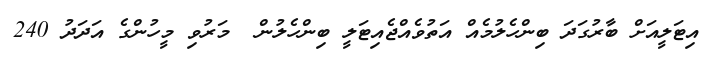
އިޓަލީއަށް ބާރުގަދަ ބިންހެލުމެއް އަތުވެއްޖެއިޓަލީ ބިންހެލުން  މަރުވި މީހުންގެ އަދަދު 240